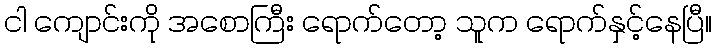
ငါ ကျောင်းကို အစောကြီး ရောက်တော့ သူက ရောက်နှင့်နေပြီ။